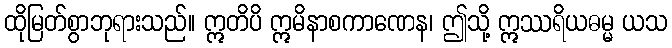
ထိုမြတ်စွာဘုရားသည်။ ဣတိပိ ဣမိနာစကာဏေန၊ ဤသို့ ဣဿရိယဓမ္မ ယသ